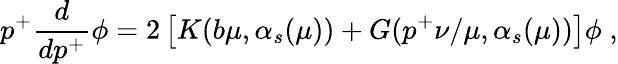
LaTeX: p^{+}\frac{d}{dp^{+}}\phi=2\left[K(b\mu,\alpha_{s}(\mu))+G(p^{+}\nu/\mu,\alpha_{s}(\mu))\right]\phi\; ,